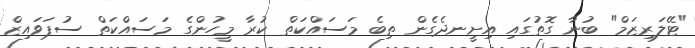
"ޓޭލަރިޒަމް" ބުނާ ގޮތުގައި އިށީނދެގެން ތިބެ މަސައްކަތް ކުރާ މީހުންގެ މަސައްކަތް ސުޕަވައިޒް